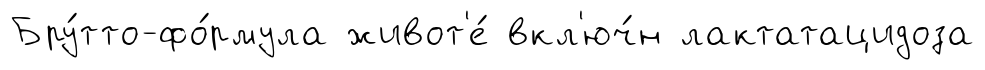
Бру́тто-фо́рмула живот'е́ вкл'юч́н лактатацидоза